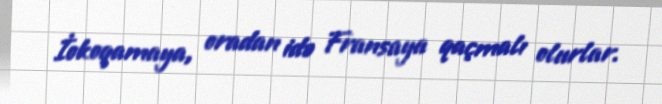
İokoqamaya, oradan idə Fransaya qaçmalı olurlar.